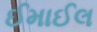
ઈમાઈલ